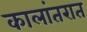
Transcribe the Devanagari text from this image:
कालांतरात